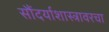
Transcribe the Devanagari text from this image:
सौंदर्याशास्त्रावरचा